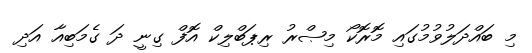
މި ބައްދަލުވުމުގައި މޮރޮކޯ މިޞްރު ރިޕަބްލިކް އޮފް ގިނީ ދަ ގެމަބިއާ އަދި